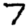
Digit: 7